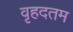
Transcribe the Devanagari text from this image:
वृहदतम